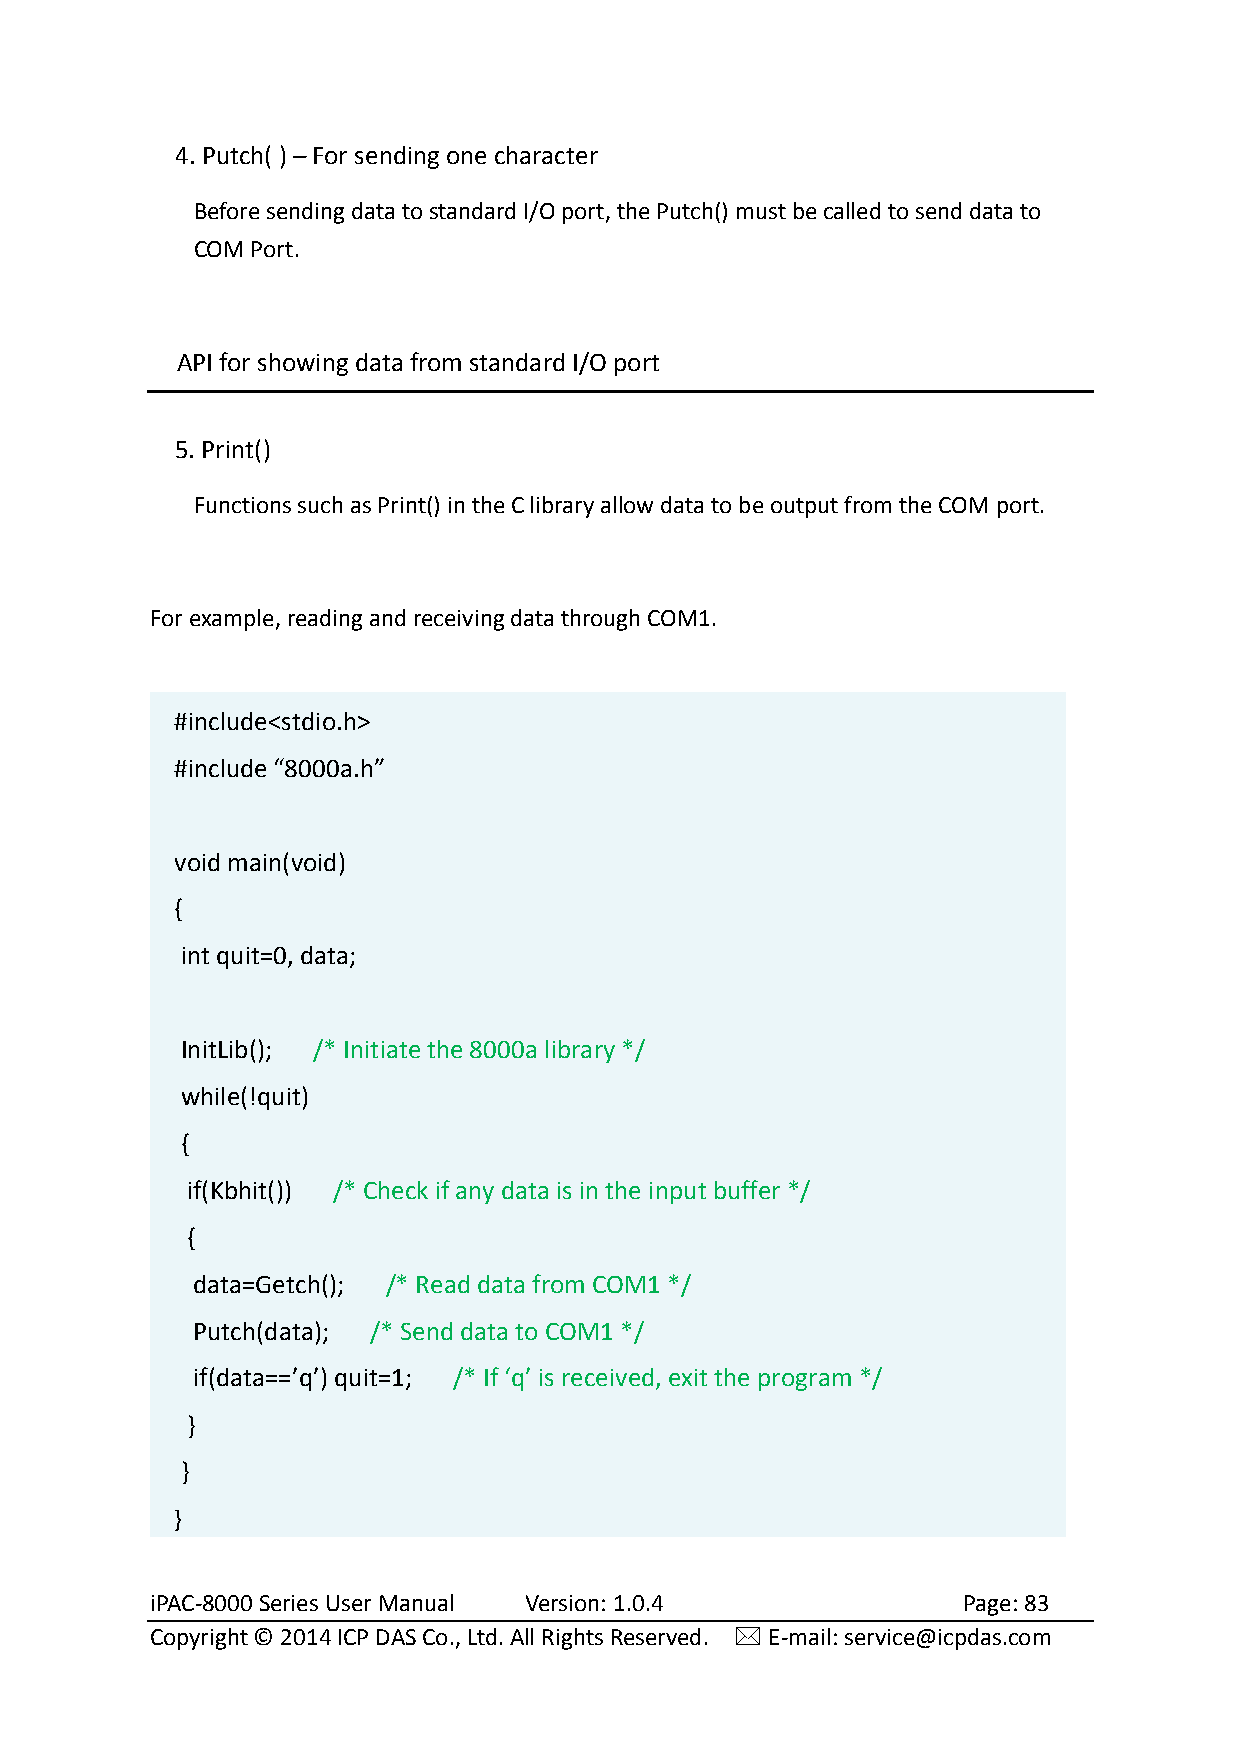
4. Putch( ) – For sending one character
 Before sending data to standard I/O port, the Putch() must be called to send data to
 COM Port.
 API for showing data from standard I/O port
 5. Print()
 Functions such as Print() in the C library allow data to be output from the COM port.
 For example, reading and receiving data through COM1.
 #include<stdio.h>
 #include “8000a.h”
 void main(void)
 {
 int quit=0, data;
 InitLib(); /* Initiate the 8000a library */
 while(!quit)
 {
 if(Kbhit()) /* Check if any data is in the input buffer */
 {
 data=Getch(); /* Read data from COM1 */
 Putch(data); /* Send data to COM1 */
 if(data==’q’) quit=1; /* If ‘q’ is received, exit the program */
 }
 }
 }
 iPAC-8000 Series User Manual Version: 1.0.4           Page: 83
 Copyright © 2014 ICP DAS Co., Ltd. All Rights Reserved.  E-mail: service@icpdas.com